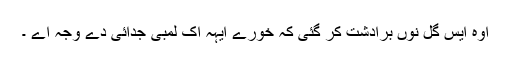
اوہ ایس گل نوں برادشت کر گئی کہ خورے ایہہ اک لمبی جدائی دے وجہ اے ۔